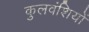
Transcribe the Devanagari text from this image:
कुलवंशियों